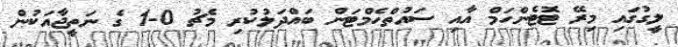
ލީގުގައި މިރޭ ޓޮޓެންހަމް އާއި ސައުތްހެމްޓަން ބައްދަލުކުރި މެޗު 0-1 ގެ ނަތީޖާއަކުން